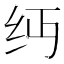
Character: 𬘔